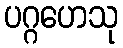
ပဂ္ဂဟေသု